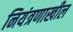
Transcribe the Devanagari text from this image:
नियंत्रणाखील